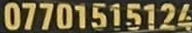
077001515124